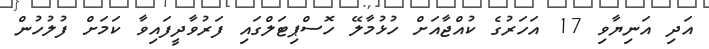
އަދި އަނިޔާވި 17 އަހަރުގެ ކުއްޖާއަށް ހުޅުމާލޭ ހޮސްޕިޓަލްގައި ފަރުވާދީފައިވާ ކަމަށް ފުލުހުން